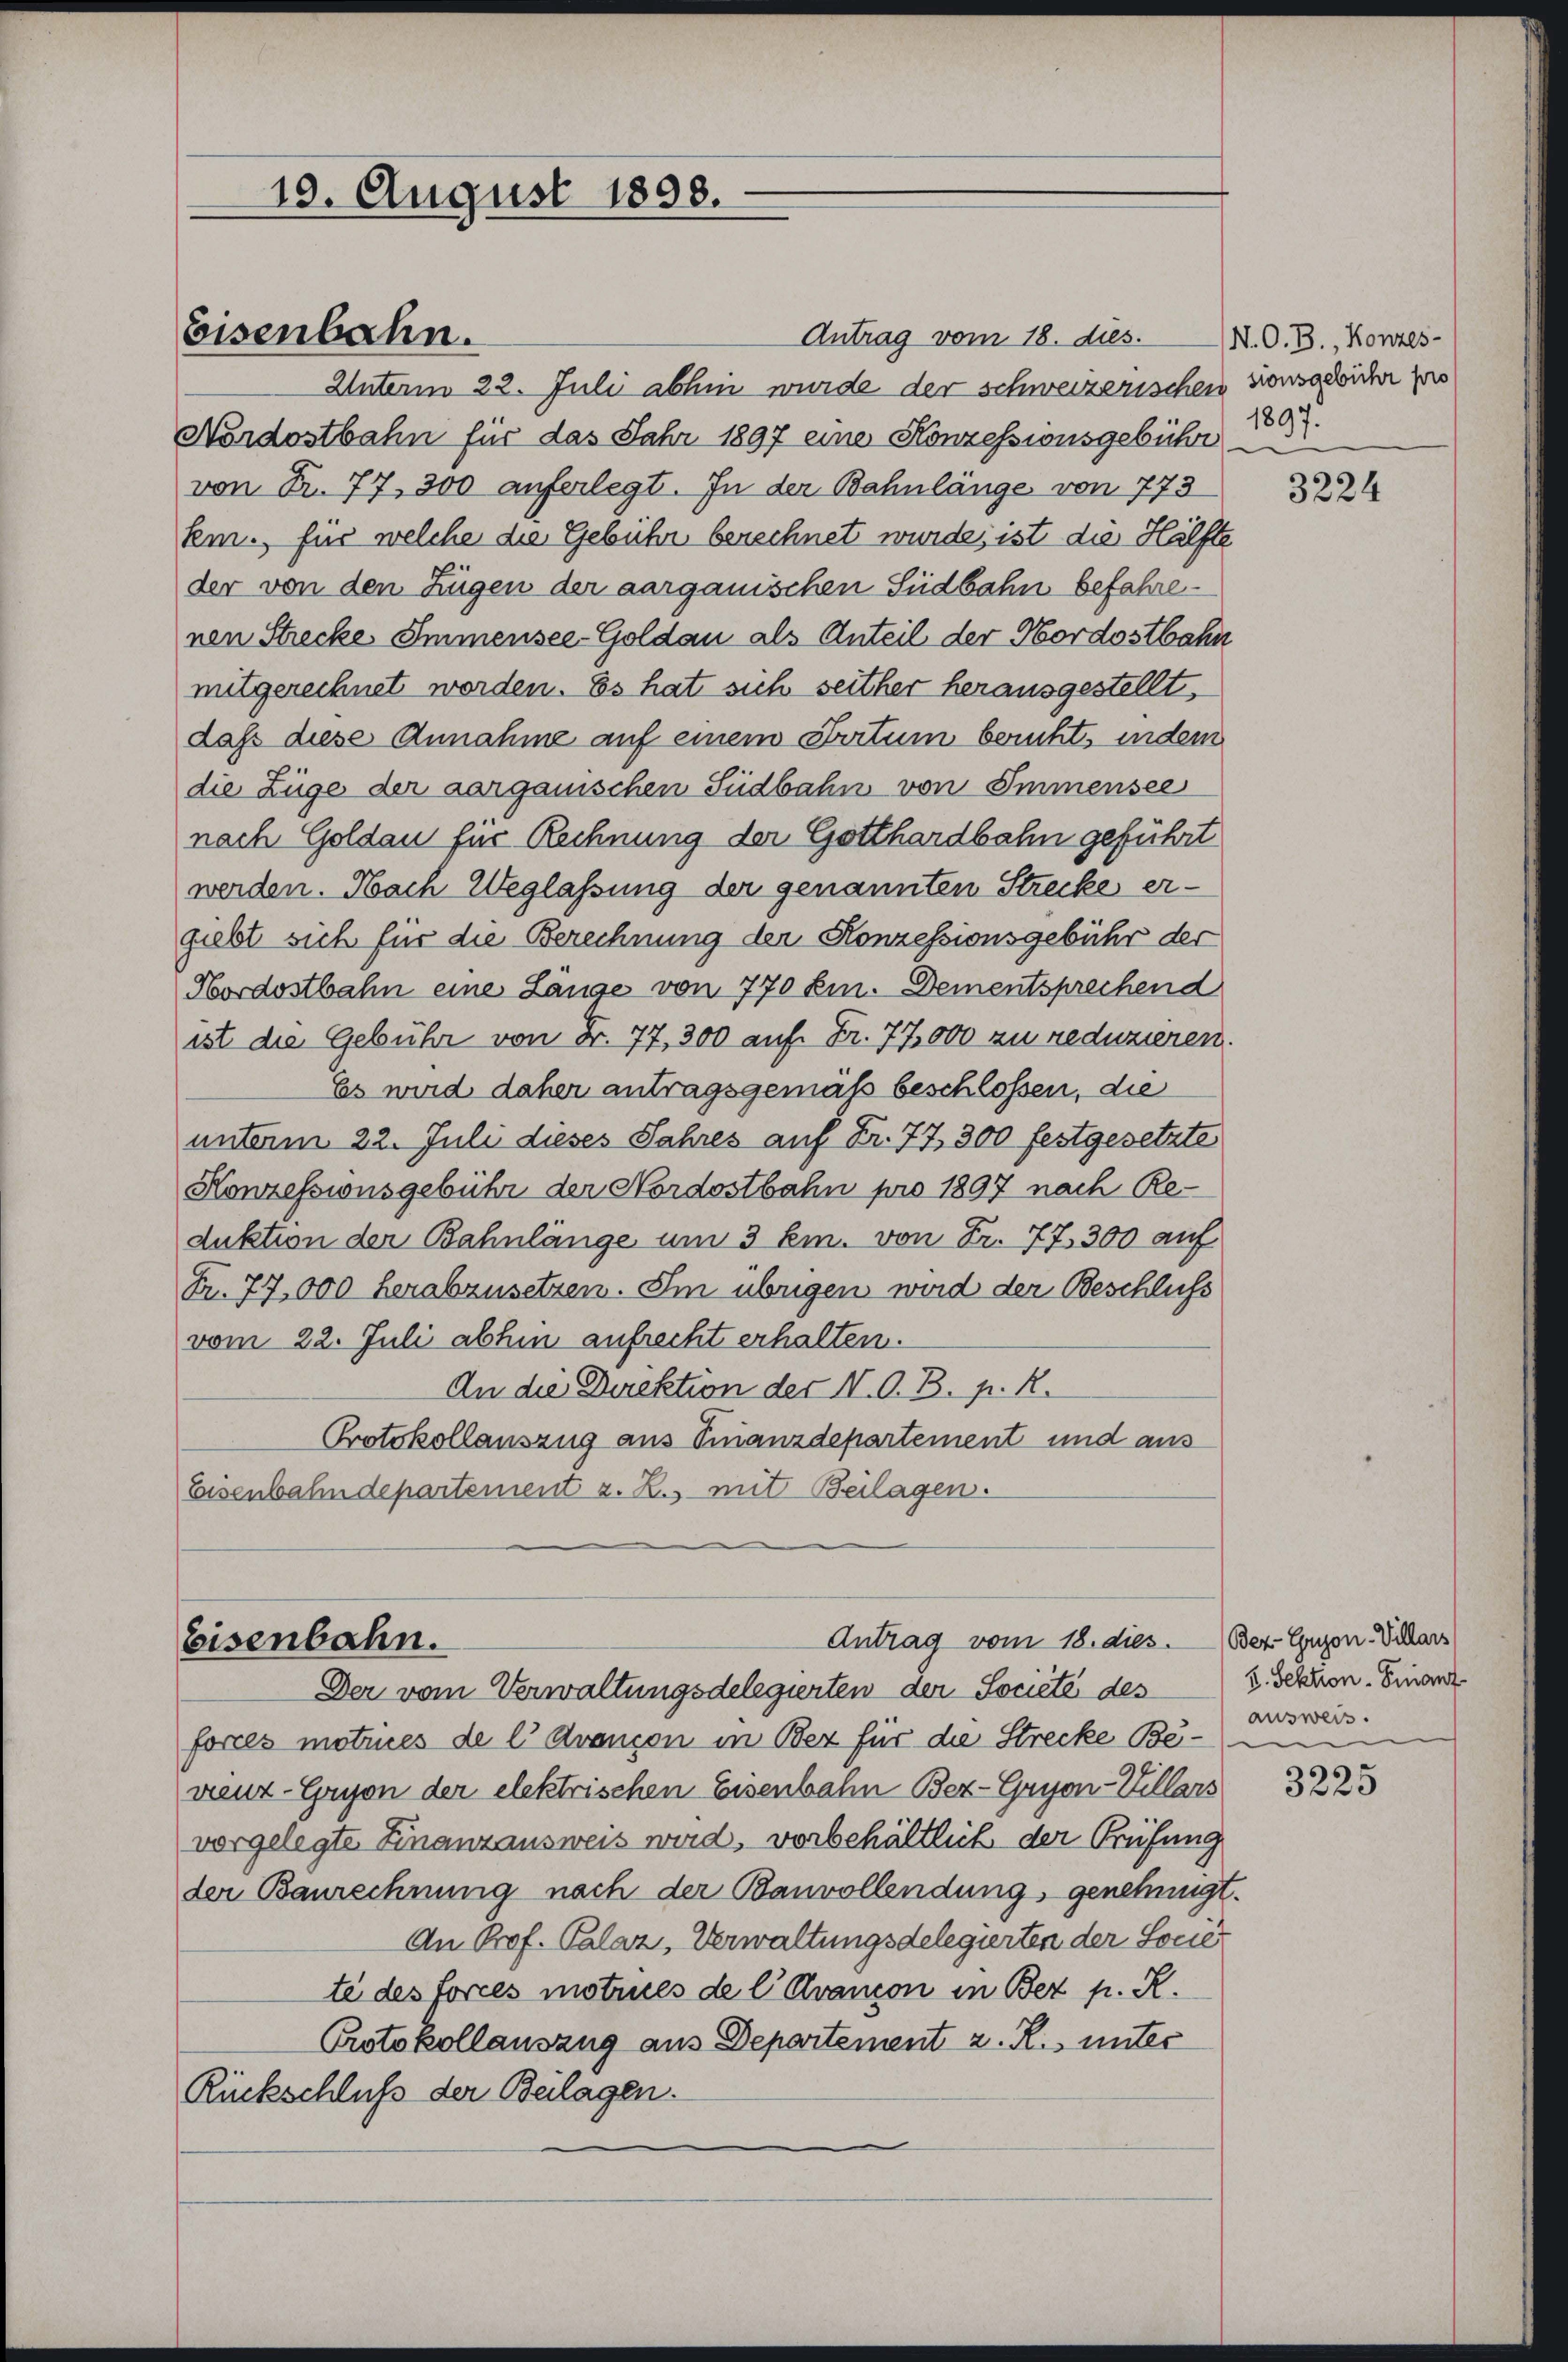
19. August 1898.

Antrag vom 18. dies.
Unterm 22. Juli abhin wurde der schweizerischen Konsgebühr pro
Nordostbahn für das Jahr 1897 eine Konzessionsgebühre
von Fr. 77. 300 auferlegt. In der Bahnlänge von 773
km., für welche die Gebühr berechnet wurde, ist die Hälfte
der von den Zügen der aargauischen Südbahn befahrenen Strecke Immensee-Goldau als Anteil der Nordostbahn
mitgerechnet worden. Es hat sich seither herausgestellt,
daß diese Annahme auf einem Datum beruht, indem
die Züge der aargauischen Südbahn von Immensee
nach Goldau für Rechnung der Gotthardbahn geführt
werden. Nach Weglassung der genannten Strecke ergiebt sich für die Berechnung der Konzessionsgebühr der
Hordostbahn eine Länge von 770 Em. Dementsprechend
ist die Gebühr von Fr. 77, 300 auf Fr. 77,000 zu reduzieren.
Es wird daher antragsgemäß beschlossen, die
unterm 22. Juli dieses Jahres auf Fr. 77, 300 festgesetzte
Konzessionsgebühr der Nordostbahn pro 1897 nach Reduktion der Bahnlänge um 3 km. von Fr. 77. 300 auf
Fr. 77,000 herabzusetzen. Im übrigen wird der Beschluss
vom 22. Juli abhin aufrecht erhalten.
An die Direktion der N. O. B. p. R.
Protokollanszug aus Finanzdepartement und aus
Eisenbahndepartement z. B., mit Beilagen.

Eisenbahn.

Eisenbahn.

Der vom Verwaltungsdelegierten der Societé des
forces motrices de l Avancon in Bez für die Strecke Bevenz-Gryon der elektrischen Eisenbahn Bez-Gryon-Wellars
vorgelegte Finanzausweis wird, vorbehältlich der Prüfung
der Baurechnung nach der Bauvollendung genehmigt.
An Prof. Palaz, Verwaltungsdelegierten der Societe des forces moties de l. Avancon in Bez p. R.
Protokollauszug aus Departement z. R. unter
Rückschluß der Beilagen.

Antrag vom 18. dies. Ber-Eguzon Villars

N. O. B., Konzes-
1897.

3224

2. Sektion - Finanz
ausweis.
m

s
3220